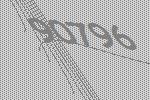
90796